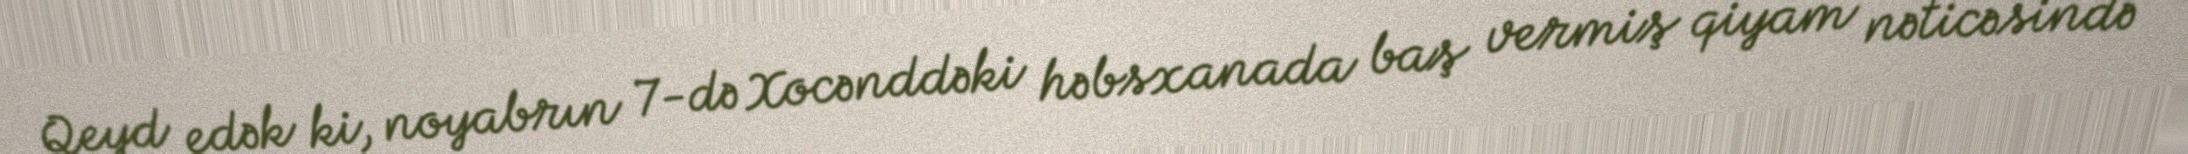
Qeyd edək ki, noyabrın 7-də Xocənddəki həbsxanada baş vermiş qiyam nəticəsində